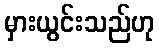
မှားယွင်းသည်ဟု